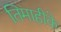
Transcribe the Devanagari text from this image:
तिमाहीके